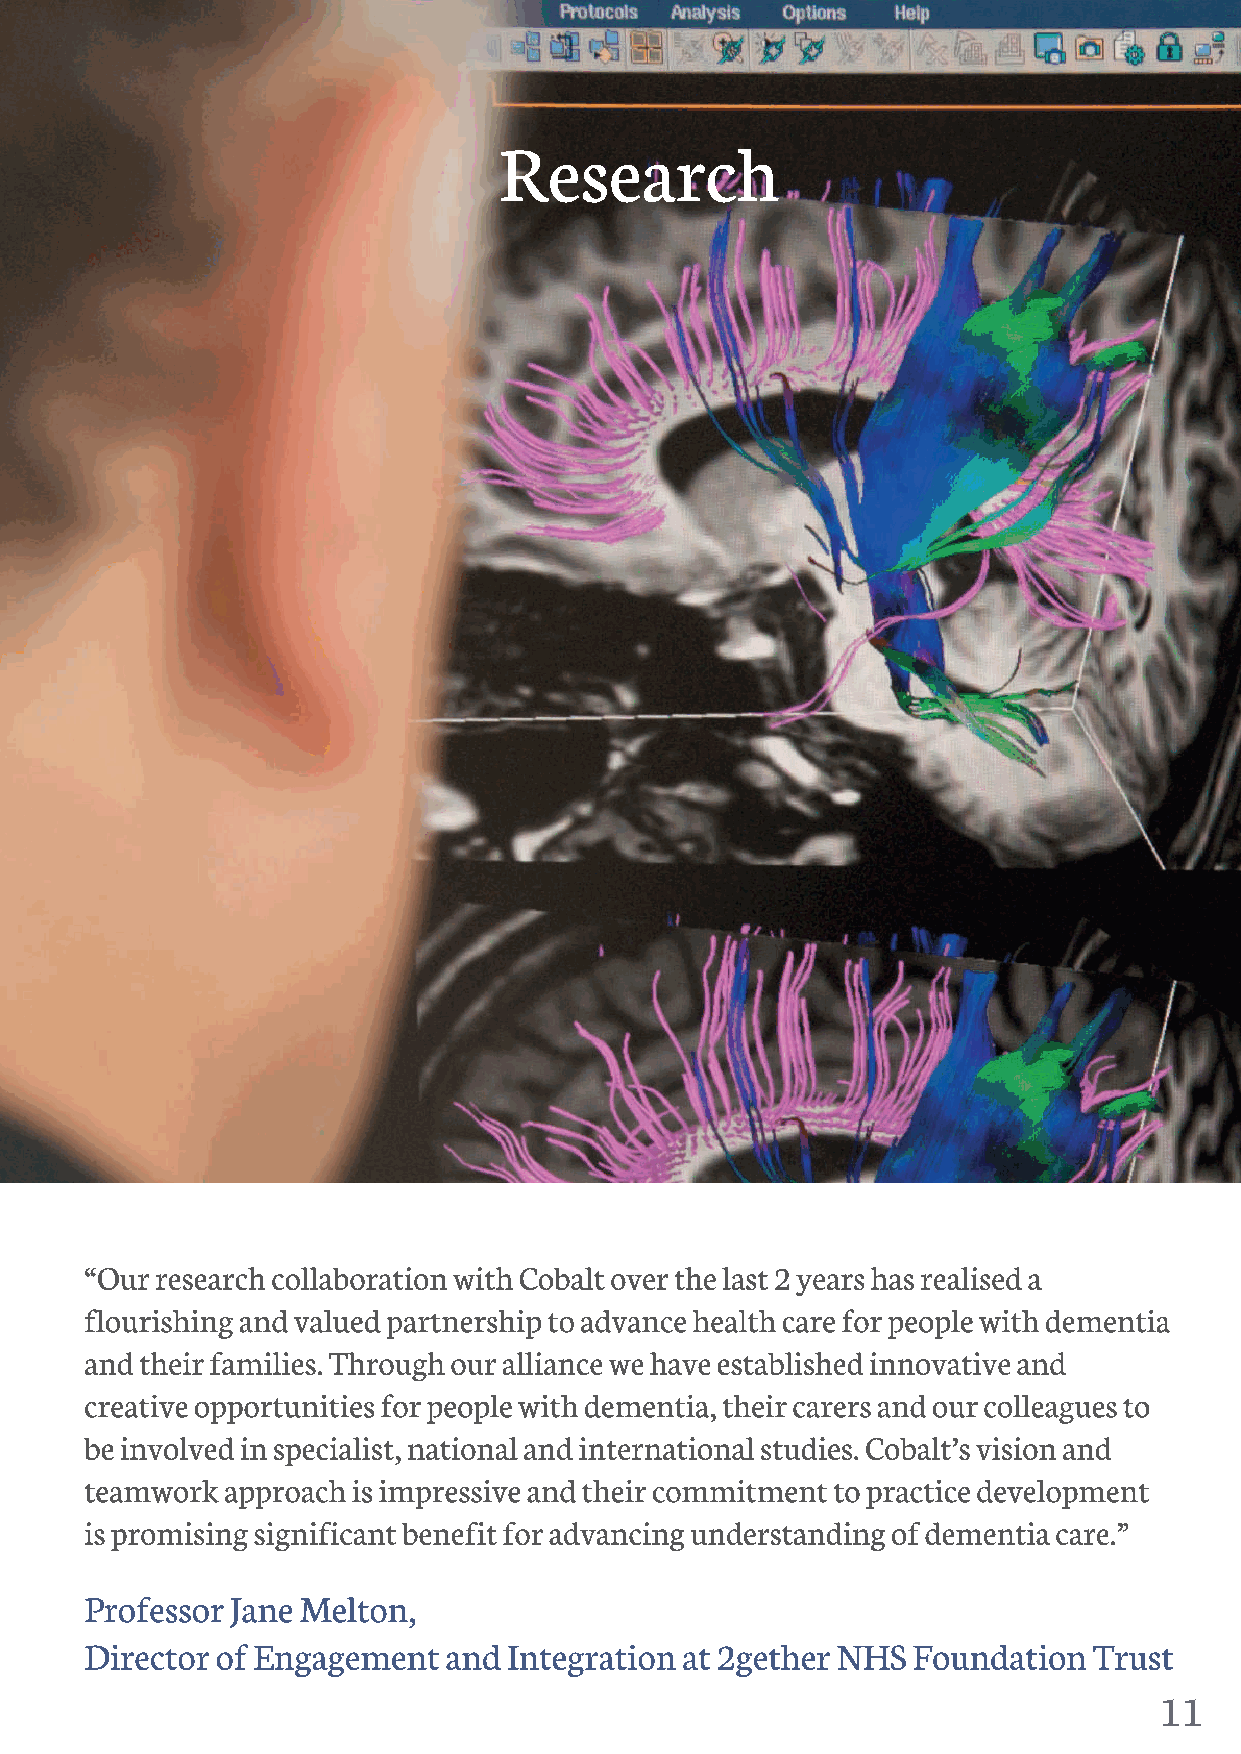
11